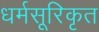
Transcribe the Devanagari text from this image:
धर्मसूरिकृत